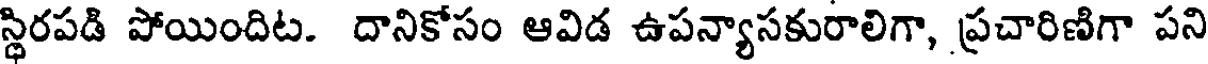
స్థిరపడి పోయిందిట. దానికోసం ఆవిడ ఉపన్యాసకురాలిగా, ప్రచారిణిగా పని